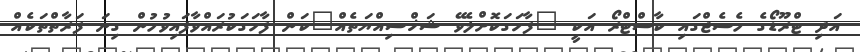
އަދި ޓްރޫޑޯގެ މެސެޖްގައި ކާސްޓްރޯ އަކީ "ފާހަގަކޮށްލެވޭ ޝަޚްސިއްޔަތެއް"ކަން ފާހަގަކުރައްވާފައިވުމުން ގިނަ ފަރާތްތަކެއް